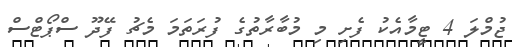
ޖުމްލަ 4 ޓީމާއެކު ފެށި މި މުބާރާތުގެ ފުރަތަމަ މެޗު ފޭދޫ ސްޕޯޓްސް